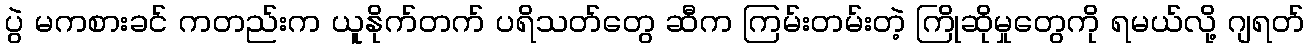
ပွဲ မကစားခင် ကတည်းက ယူနိုက်တက် ပရိသတ်တွေ ဆီက ကြမ်းတမ်းတဲ့ ကြိုဆိုမှုတွေကို ရမယ်လို့ ဂျရတ်